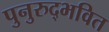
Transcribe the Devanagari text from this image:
पुनुरुद्भवित